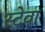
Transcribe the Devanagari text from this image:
स्टेवा